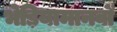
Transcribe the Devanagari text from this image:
भेड़ियामानवों